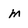
Character: m